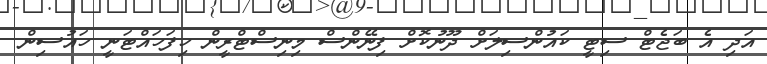
އަދި އެ ބަޖެޓް ސިޓީ ކައުންސިލަށް ދޫނުކޮށް ފިނޭންސް މިނިސްޓްރީން ހިފަހައްޓަނީ ހައުސިން